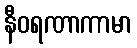
နီဝရဏာကာမာ